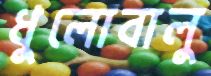
ধুলোবালু